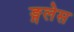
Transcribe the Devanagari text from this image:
ङ्गलेस